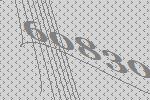
60830